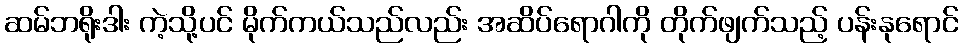
ဆမ်ဘရိုးဒါး ကဲ့သို့ပင် မိုက်ကယ်သည်လည်း အဆိပ်ရောဂါကို တိုက်ဖျက်သည့် ပန်းနုရောင်